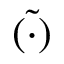
\tilde { \left( \cdot \right) }